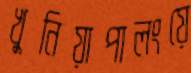
খুনিয়াপালংয়ে